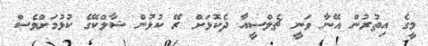
މީގެ އިތުރުން އޭނާ ވަނީ ޗެލްސީއާ ދެކޮޅަށް ރޭ ކުޅުން ޝާލްކޭގެ ކުޅުމަށްވެސް